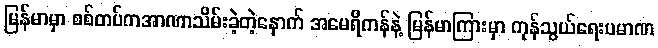
မြန်မာမှာ စစ်တပ်ကအာဏာသိမ်းခဲ့တဲ့နောက် အမေရိကန်နဲ့ မြန်မာကြားမှာ ကုန်သွယ်ရေးပမာဏ